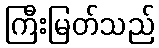
ကြီးမြတ်သည်